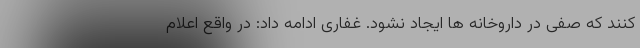
کنند که صفی در داروخانه ها ایجاد نشود. غفاری ادامه داد: در واقع اعلام